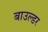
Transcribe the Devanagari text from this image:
बाउल्डर